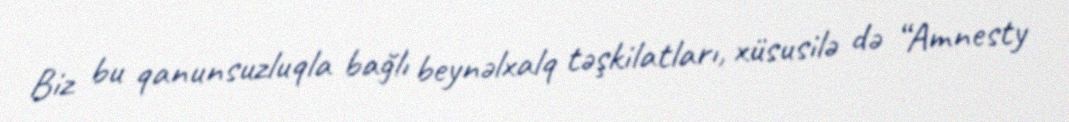
Biz bu qanunsuzluqla bağlı beynəlxalq təşkilatları, xüsusilə də “Amnesty